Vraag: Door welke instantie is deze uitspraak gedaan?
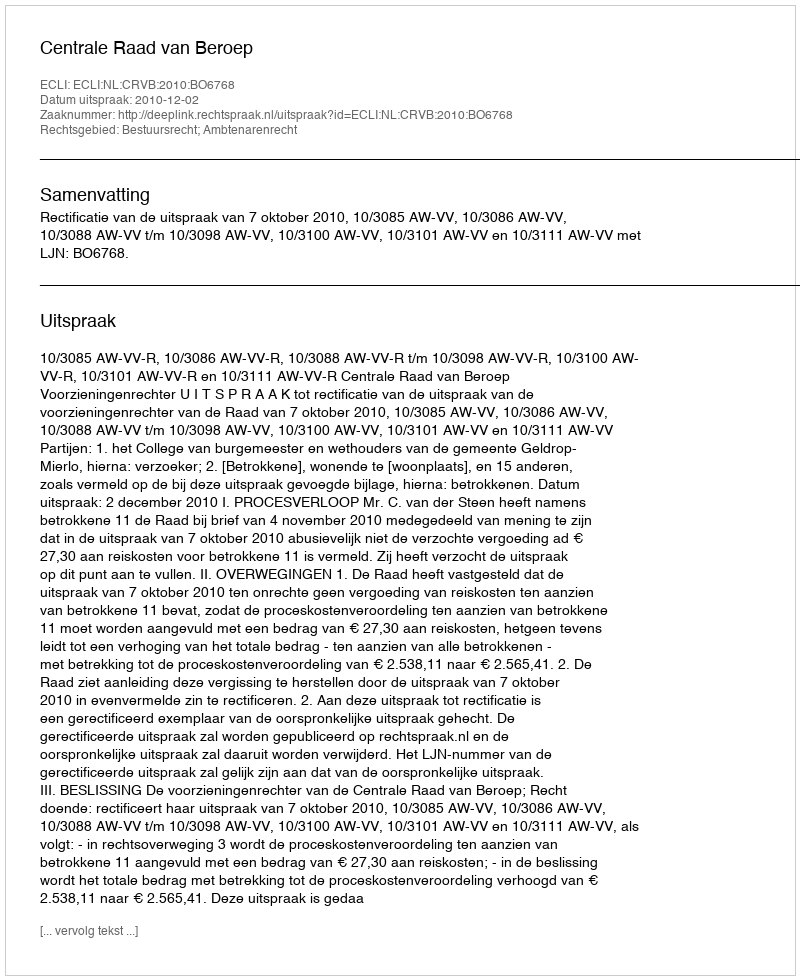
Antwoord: Centrale Raad van Beroep